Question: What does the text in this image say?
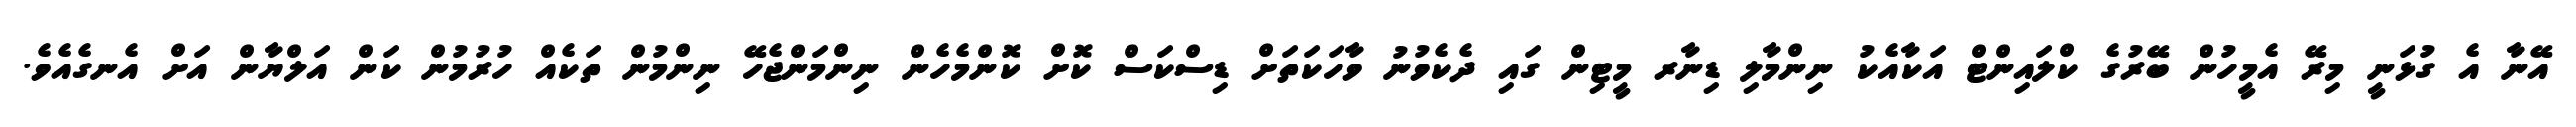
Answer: އޭނާ އެ ގުޅަނީ މިރޭ އެމީހުން ބޭރުގެ ކްލައިންޓް އަކާއެކު ނިންމާލި ޑިނާރ މީޓިން ގައި ދެކެވުނު ވާހަކަތަށް ޑިސްކަސް ކޮށް ކޮންމެހެން ނިންމަންޖެހޭ ނިންމުން ތަކެއް ހުރުމުން ކަން އަލްޔާން އަށް އެނގެއެވެ.